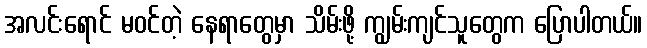
အလင်းရောင် မဝင်တဲ့ နေရာတွေမှာ သိမ်းဖို့ ကျွမ်းကျင်သူတွေက ပြောပါတယ်။